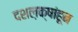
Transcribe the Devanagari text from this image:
दशल़क्षांहून